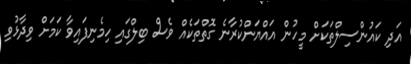
އަދި ކައުންސިލްތަކަށް މީހުން އައްޔަންކުރާނެ ގޮތްތަކެއް ވެސް ބިލްގައި ހިމެނިފައިވާ ކަމަށް ވިދާޅުވި